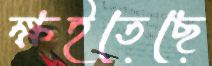
ক্ষইতেছে